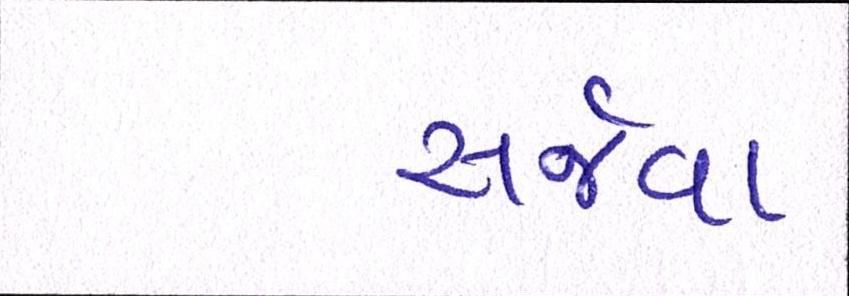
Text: સર્જવા